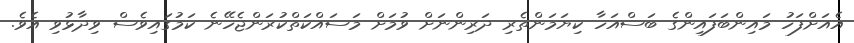
އެއަށްފަހު މައިންބަފައިންގެ ބަސްއަހާ ކިޔަމަންތެރި ދަރިންނަށް ވުމަށް މަސައްކަތްކުރަންޖެހޭނެ ކަމުގައިވެސް ވިދާޅުވި އެވެ.